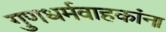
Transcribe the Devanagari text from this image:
गुणधर्मवाहकांना